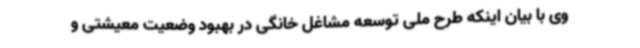
وی با بیان اینکه طرح ملی توسعه مشاغل خانگی در بهبود وضعیت معیشتی و